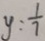
y = \frac { 1 } { 7 }